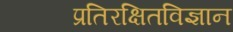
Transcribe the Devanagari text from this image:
प्रतिरक्षितविज्ञान